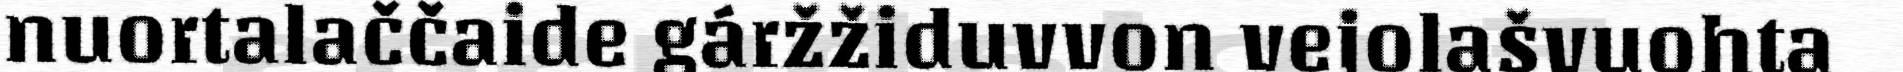
nuortalaččaide gáržžiduvvon vejolašvuohta